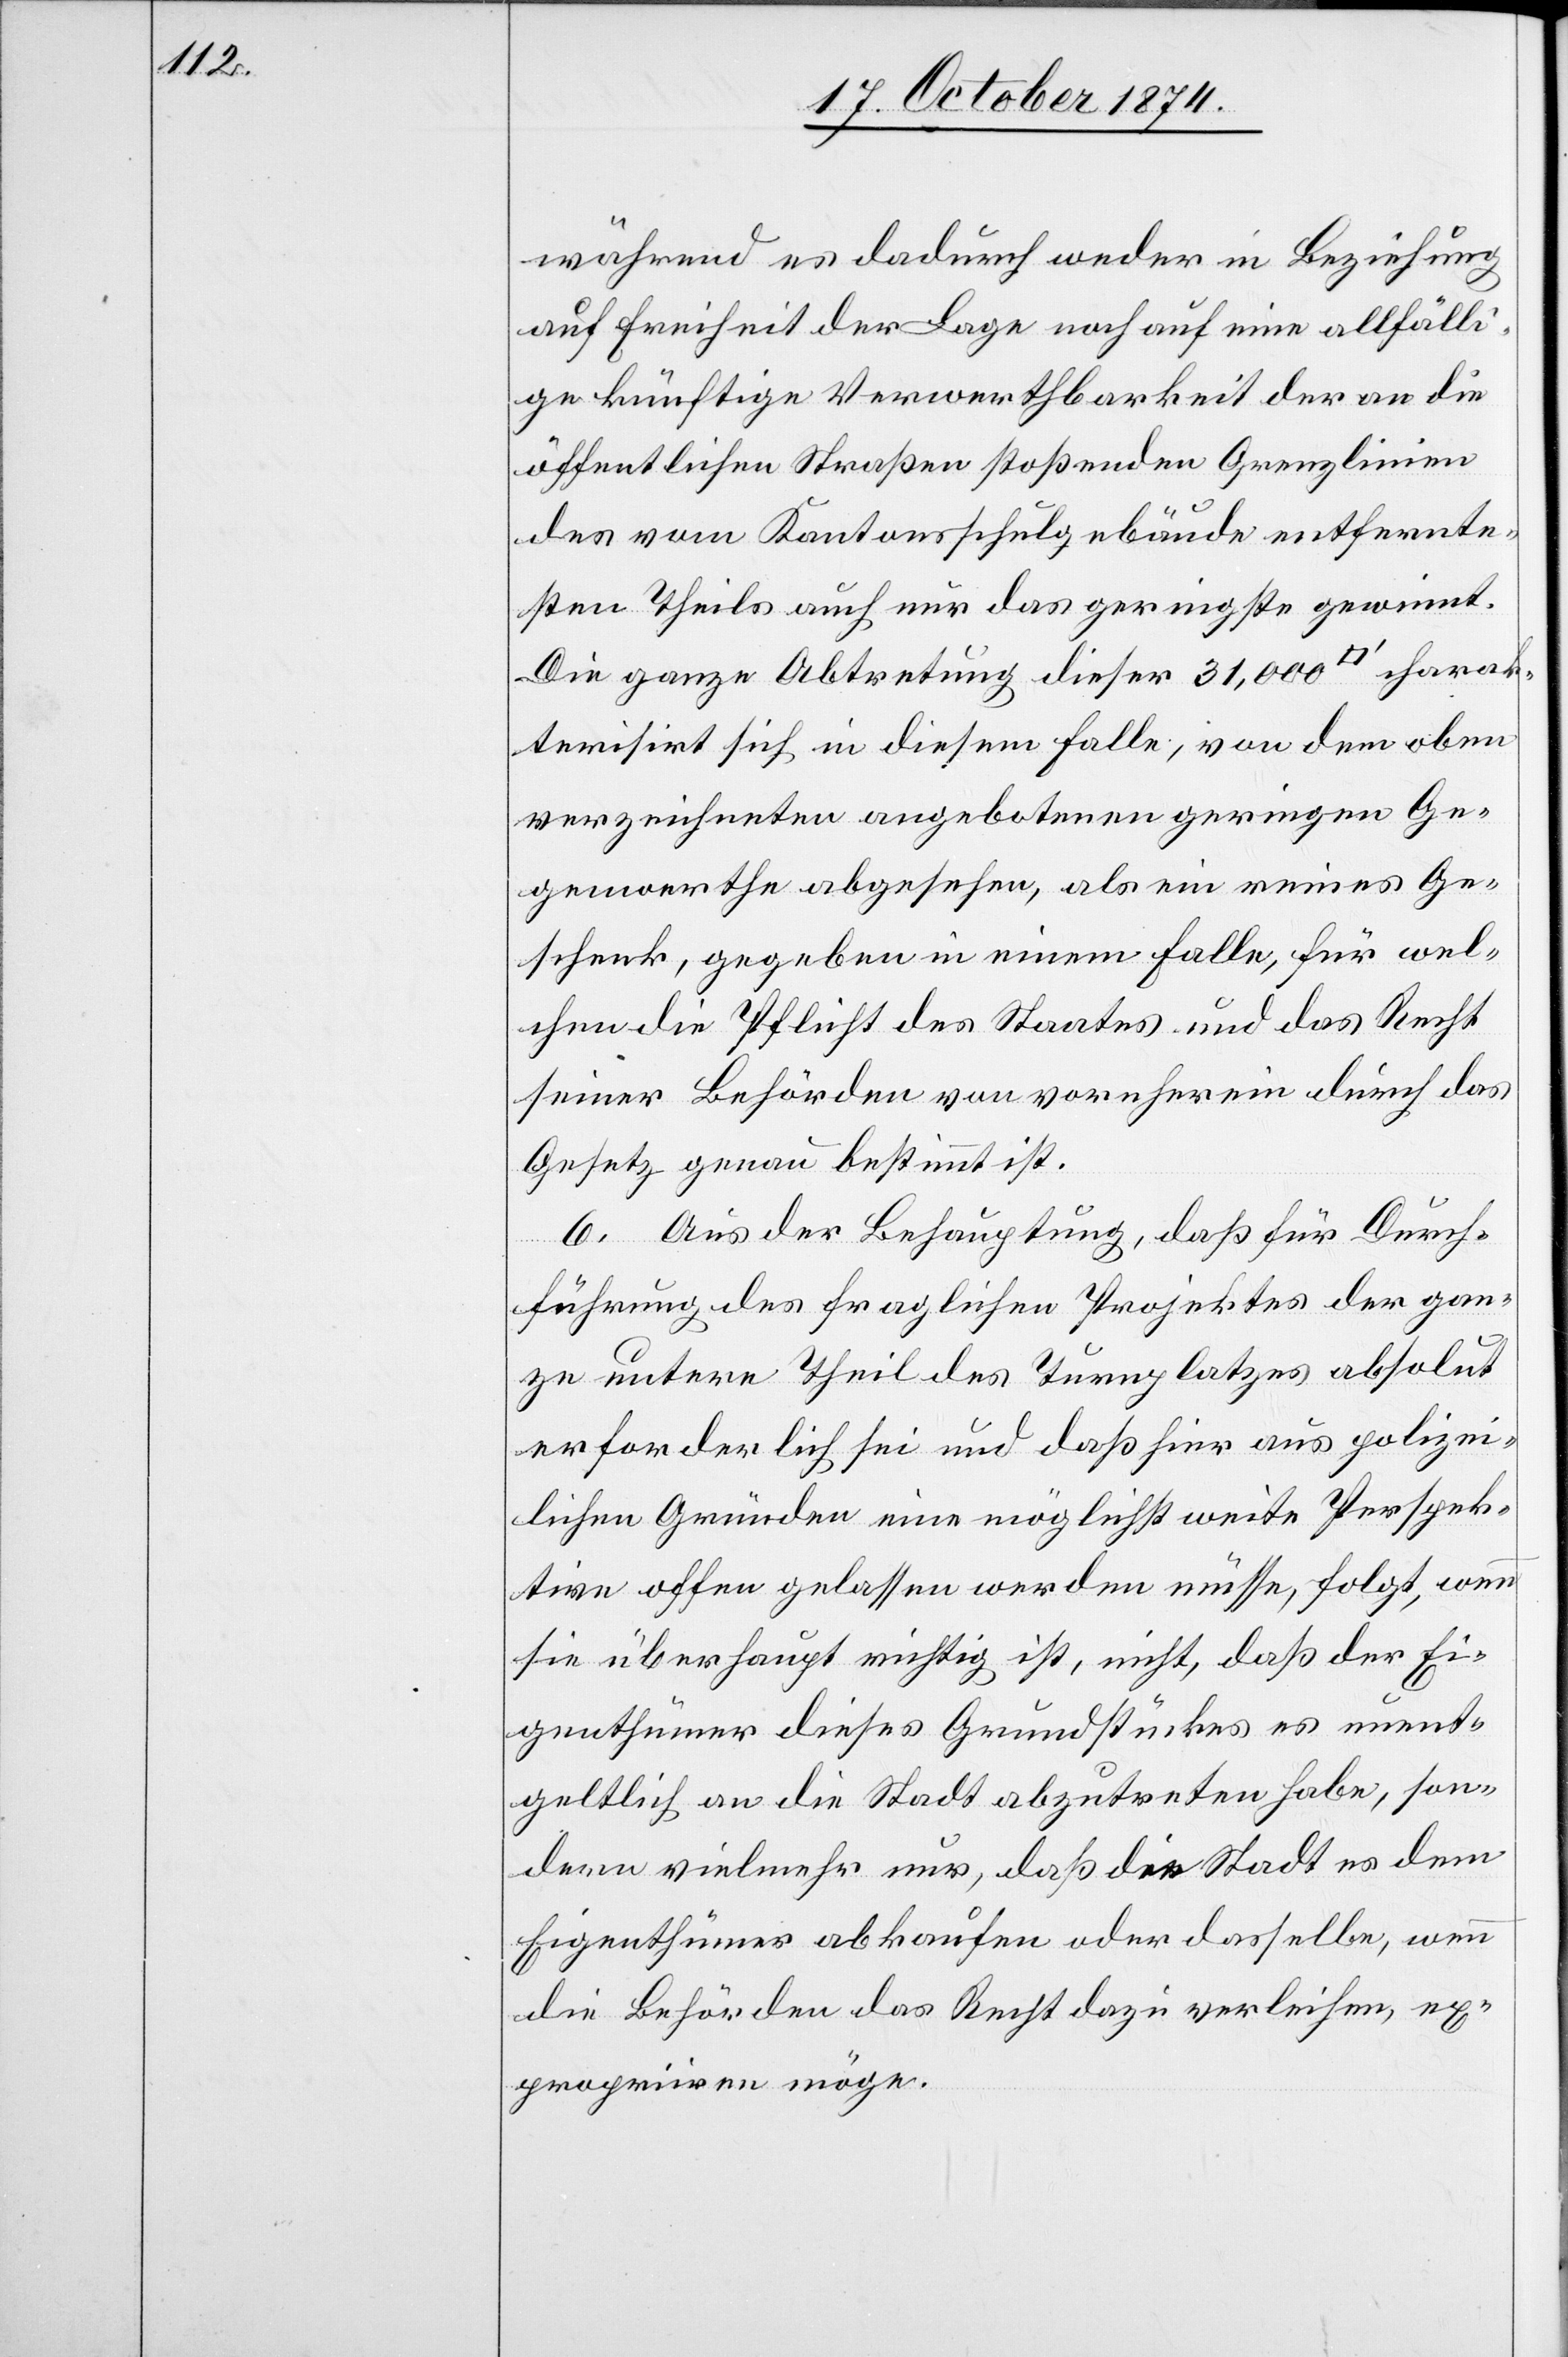
während es dadurch weder in Beziehung
auf Freiheit der Lage noch auf eine allfälli¬
ge künftige Verwerthbarkeit der an die
öffentlichen Straßen stoßenden Grenzlinien
des vom Kantonsschulgebäude entfernte¬
sten Theils auch nur das geringste gewinnt.
Die ganze Abtretung dieser 31,000 [Quadratfuß] charak¬
terisirt sich in diesem Falle, von dem oben
verzeichneten angebotenen geringen Ge¬
genwerthe abgesehen, als ein reines Ge¬
schenk, gegeben in einem Falle, für wel¬
chen die Pflicht des Staates und das Recht
seiner Behörden von vornherein durch das
Gesetz genau bestimmt ist.
6. Aus der Behauptung, daß für Durch¬
führung des fraglichen Projektes der gan¬
ze untere Theil des Turnplatzes absolut
erforderlich sei und daß hier aus polizei¬
lichen Gründen eine möglichst weite Perspek¬
tive offen gelassen werden müsse, folgt, wenn
sie überhaupt richtig ist, nicht, daß der Ei¬
genthümer dieses Grundstückes es unent¬
geltlich an die Stadt abzutreten habe, son¬
dern vielmehr nur, daß die Stadt es dem
Eigenthümer abkaufen oder dasselbe, wenn
die Behörden das Recht dazu verleihen, ex¬
propriiren möge.